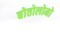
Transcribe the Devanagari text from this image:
बोतोलोमो